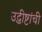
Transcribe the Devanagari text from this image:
उद्धीष्टांची